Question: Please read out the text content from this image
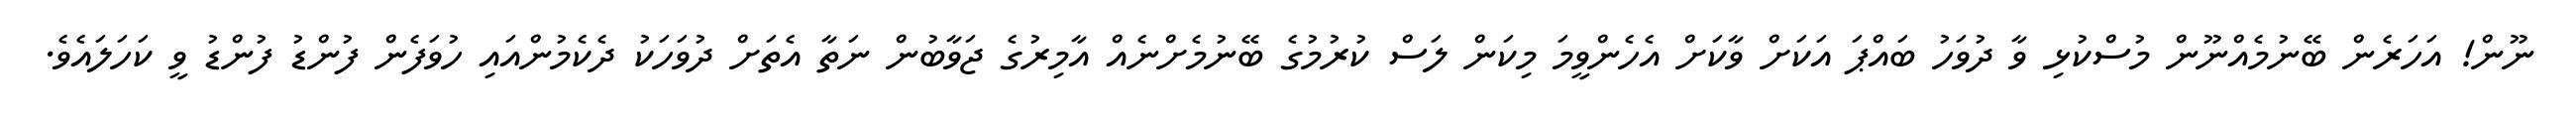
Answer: ނޫން! އަހަރެން ބޭނުމެއްނޫން މުސްކުޅި ވާ ދުވަހު ބައްޕަ އަކަށް ވާކަށް އެހެންވީމަ މިކަން ލަސް ކުރުމުގެ ބޭނުމެށްނެއް އާމިރުގެ ޖަވާބުން ނަތާ އެތަށް ދުވަހަކު ދެކެމުންއައި ހުވަފެން ފުންޑު ފުންޑު ވީ ކަހަލައެވެ.